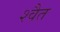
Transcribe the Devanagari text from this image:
श्वैत